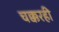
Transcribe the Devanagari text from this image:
चक्करही